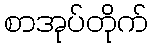
စာအုပ်တိုက်